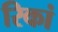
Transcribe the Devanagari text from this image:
रिकां